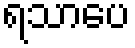
ရသာပေ